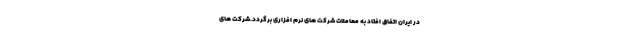
در ایران اتفاق افتاد به معاملات شرکت های نرم افزاری برگردد.شرکت های